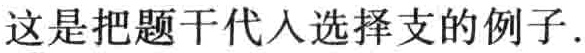
这是把题干代入选择支的例子.